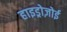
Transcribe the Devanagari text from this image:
हाइड्रोज़ोई